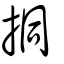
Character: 挏